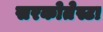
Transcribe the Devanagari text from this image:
सरकोतेस्टा